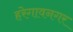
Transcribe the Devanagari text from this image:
हरेगावनगर